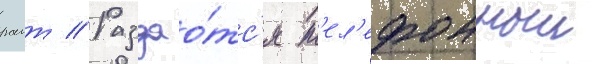
раит // Раздао́тс'я т'ел'ефонныи